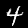
Digit: 4